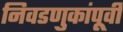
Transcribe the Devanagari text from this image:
निवडणुकांपूर्वी